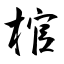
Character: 棺